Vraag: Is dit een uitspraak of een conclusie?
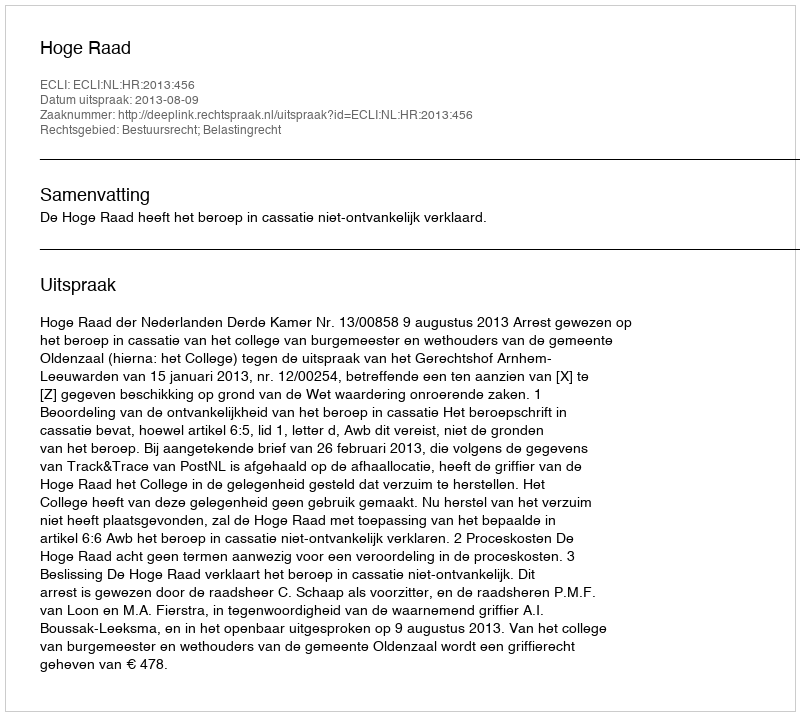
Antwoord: Uitspraak